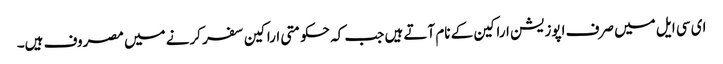
ای سی ایل میں صرف اپوزیشن اراکین کے نام آتے ہیں جب کہ حکومتی اراکین سفر کرنے میں مصروف ہیں۔